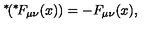
\mathrm { \mathrm { } ^ * \! } ( \mathrm { \mathrm { } ^ * \! } F _ { \mu \nu } ( x ) ) = - F _ { \mu \nu } ( x ) ,